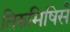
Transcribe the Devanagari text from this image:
तिरुमिषिसै